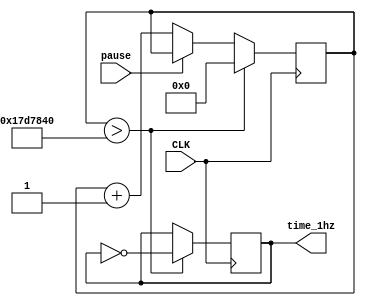
module func_1hz(	//1hz
	input CLK,
	input pause,
	output reg time_1hz);
	reg [24:0] count;
	always @(posedge CLK) begin
		if(count > 25000000) begin
			count <= 25'b0;
			time_1hz <= ~time_1hz;
		end
		else if(~pause)
			count <= count + 1'b1;
	end
endmodule

module func_4hz(	//4hz
	input CLK,
	input pause,
	output reg time_4hz);
	reg [24:0] count;
	always @(posedge CLK) begin
		if(count > 6250000) begin
			count <= 25'b0;
			time_4hz <= ~time_4hz;
		end
		else if(~pause)
			count <= count + 1'b1;
	end
endmodule

module func_1000hz(	//1000hz
	input CLK,
	output reg time_1000hz);
	reg [24:0] count;
	always @(posedge CLK) begin
		if(count > 50000) begin
			count <= 25'b0;
			time_1000hz <= ~time_1000hz;
		end
		else
			count <= count + 1'b1;
	end
endmodule

module the_game(
	input CLK,
	input stage_plus,	//
	input shoot,	//
	input pause,	//
	input plate_move_r,plate_move_l,	//
	output [7:0] LightR,	//RGB
	output [7:0] LightG,
	output [7:0] LightB,
	output reg [2:0] chooseCol,	//
	output enable	//enable1
	);
	integer stage;	//
	integer ball_x,ball_y,plate_xl,move_mode,shoot_confirm,lose,tmp_x;	//
	integer i;	//
	reg [7:0] LightR_reg [7:0];
	reg [7:0] LightG_reg [7:0];
	reg [7:0] LightB_reg [7:0];	//
	reg	[7:0] brickandball_pos [7:0];	//+	

	assign enable = 1;	//enable
	assign LightR = LightR_reg[chooseCol];	//	
	assign LightG = LightG_reg[chooseCol];
	assign LightB = LightB_reg[chooseCol];

	func_1000hz f0(CLK,time_1000hz);	//function
	func_1hz f1(CLK,pause,time_1hz);
	func_4hz f2(CLK,pause,time_4hz);	

	initial
	begin
		stage = 0;
		chooseCol = 0;
		ball_x = 4;
		ball_y = 1;
		plate_xl = 3;
		move_mode = 0;
		shoot_confirm = 0;
		lose = 0;
	end

	always @(posedge time_1hz) begin 	//
		LightB_reg[tmp_x][0] = 1 ;		//	
		LightB_reg[tmp_x+1][0] = 1 ;			
		LightB_reg[tmp_x+2][0] = 1 ;
		LightG_reg[ball_x][ball_y] = 1 ;
		if (~pause) begin
			if (shoot_confirm == 0) begin
				if(stage_plus) begin
					stage = stage + 1;
					if (stage > 7) begin
						stage = 0;
					end
				end
				case(stage)
				0:
				begin
					LightR_reg[0] = 8'b11111111;
					LightR_reg[1] = 8'b11001111;
					LightR_reg[2] = 8'b10001111;
					LightR_reg[3] = 8'b10011111;
					LightR_reg[4] = 8'b10011111;
					LightR_reg[5] = 8'b10001111;
					LightR_reg[6] = 8'b11001111;
					LightR_reg[7] = 8'b11111111;

				end

				1:
				begin
					LightR_reg[0] = 8'b00001111;
					LightR_reg[1] = 8'b00001111;
					LightR_reg[2] = 8'b11001111;
					LightR_reg[3] = 8'b01111111;
					LightR_reg[4] = 8'b01111111;
					LightR_reg[5] = 8'b11001111;
					LightR_reg[6] = 8'b00001111;
					LightR_reg[7] = 8'b00001111;
	
				end
	
				2:
				begin
					LightR_reg[0] = 8'b00011111;
					LightR_reg[1] = 8'b00011111;
					LightR_reg[2] = 8'b00011111;
					LightR_reg[3] = 8'b00011111;
					LightR_reg[4] = 8'b00011111;
					LightR_reg[5] = 8'b00011111;
					LightR_reg[6] = 8'b00011111;
					LightR_reg[7] = 8'b00011111;
	
				end	
	
				3:	
				begin
					LightR_reg[0] = 8'b10111111;
					LightR_reg[1] = 8'b00111111;
					LightR_reg[2] = 8'b10001111;
					LightR_reg[3] = 8'b00101111;
					LightR_reg[4] = 8'b10001111;
					LightR_reg[5] = 8'b00101111;
					LightR_reg[6] = 8'b11001111;
					LightR_reg[7] = 8'b11101111;

				end

				4:
				begin
					LightR_reg[0] = 8'b11011111;
					LightR_reg[1] = 8'b00001111;
					LightR_reg[2] = 8'b01101111;
					LightR_reg[3] = 8'b00001111;
					LightR_reg[4] = 8'b10111111;
					LightR_reg[5] = 8'b00001111;
					LightR_reg[6] = 8'b11011111;
					LightR_reg[7] = 8'b00001111;
				end

				5:
				begin
					LightR_reg[0] = 8'b00001111;
					LightR_reg[1] = 8'b00001111;
					LightR_reg[2] = 8'b00001111;
					LightR_reg[3] = 8'b10001111;
					LightR_reg[4] = 8'b11001111;
					LightR_reg[5] = 8'b11101111;
					LightR_reg[6] = 8'b11111111;
					LightR_reg[7] = 8'b11111111;

				end

				6:
				begin
					LightR_reg[0] = 8'b01001111;
					LightR_reg[1] = 8'b00001111;
					LightR_reg[2] = 8'b10011111;
					LightR_reg[3] = 8'b00001111;
					LightR_reg[4] = 8'b00001111;
					LightR_reg[5] = 8'b10011111;
					LightR_reg[6] = 8'b00001111;
					LightR_reg[7] = 8'b00101111;

				end

				7:
				begin
					LightR_reg[0] = 8'b10111111;
					LightR_reg[1] = 8'b00011111;
					LightR_reg[2] = 8'b10001111;
					LightR_reg[3] = 8'b00011111;
					LightR_reg[4] = 8'b00011111;
					LightR_reg[5] = 8'b10001111;
					LightR_reg[6] = 8'b00011111;
					LightR_reg[7] = 8'b10111111;

				end
				endcase	
				for(i=0;i<8;i=i+1) begin
					LightG_reg[i] = LightR_reg[i];
					LightB_reg[i] = LightR_reg[i];
					brickandball_pos[i] = LightR_reg[i];
				end
			end 
		end
		if (~pause) begin 	//
			if(shoot) begin
				if(shoot_confirm == 0) begin
					move_mode = 0;
					shoot_confirm = 1;
				end
			end
		end
		if (~pause) begin 	//
			if (shoot_confirm == 1) begin
				case(move_mode)
				0:	//
				begin
					if (ball_y == 7) begin 	//
						ball_y = ball_y - 1;
						move_mode = 1;	
					end
					else if (LightR_reg[ball_x][ball_y+1] == 0) begin 	//
						LightR_reg[ball_x][ball_y+1] = 1;
						LightG_reg[ball_x][ball_y+1] = 1;
						LightB_reg[ball_x][ball_y+1] = 1;
						ball_y = ball_y - 1;
						move_mode = 1;
					end
					else begin 	//
						ball_y = ball_y + 1;
					end
				end
				1:	//
				begin
					if (ball_y == 1) begin 	//
						if (plate_xl+1 == ball_x) begin 	//
							ball_y = ball_y + 1;
							move_mode = 0;
						end
						else if (plate_xl == ball_x) begin 	//
							ball_x = ball_x - 1;
							ball_y = ball_y + 1;
							move_mode = 2;
						end
						else if (plate_xl+2 == ball_x) begin //
							ball_x = ball_x + 1;
							ball_y = ball_y + 1;
							move_mode = 3;
						end
						else begin 	//
							lose = 1;
						end
					end
					else if (LightR_reg[ball_x][ball_y-1] == 0) begin 	//
						LightR_reg[ball_x][ball_y-1] = 1;
						LightG_reg[ball_x][ball_y-1] = 1;
						LightB_reg[ball_x][ball_y-1] = 1;
						ball_y = ball_y + 1;
						move_mode = 0;
					end
					else begin
						ball_y = ball_y - 1;
					end
				end
				2: 	//
				begin
					if (ball_y == 7) begin 	//
						if (ball_x == 0) begin 	//
								ball_x = ball_x + 1;
								ball_y = ball_y - 1;
								move_mode = 5;
						end
						else begin 	//
							if (LightR_reg[ball_x-1][ball_y] == 0) begin 	//
								LightR_reg[ball_x-1][ball_y] = 1;
								LightG_reg[ball_x-1][ball_y] = 1;
								LightB_reg[ball_x-1][ball_y] = 1;
								ball_x = ball_x + 1;
								ball_y = ball_y - 1;
								move_mode = 5;
							end
							else begin 	//
								if (LightR_reg[ball_x-1][ball_y-1] == 0) begin 	//
									LightR_reg[ball_x-1][ball_y-1] = 1;
									LightG_reg[ball_x-1][ball_y-1] = 1;
									LightB_reg[ball_x-1][ball_y-1] = 1;
									ball_x = ball_x + 1;
									ball_y = ball_y - 1;
									move_mode = 5;
								end
								else begin //
									ball_x = ball_x - 1;	
									ball_y = ball_y - 1;
									move_mode = 4;	
								end
							end
						end
					end
					else if (LightR_reg[ball_x][ball_y+1] == 0) begin 	// 
						LightR_reg[ball_x][ball_y+1] = 1;
						LightG_reg[ball_x][ball_y+1] = 1;
						LightB_reg[ball_x][ball_y+1] = 1;
						if (LightR_reg[ball_x-1][ball_y] == 0) begin 	//
							LightR_reg[ball_x-1][ball_y] = 1;
							LightG_reg[ball_x-1][ball_y] = 1;
							LightB_reg[ball_x-1][ball_y] = 1;
							ball_x = ball_x + 1;
							ball_y = ball_y - 1;
							move_mode = 5;
						end
						else begin 	//
							if (LightR_reg[ball_x-1][ball_y-1] == 0) begin 	//
								LightR_reg[ball_x-1][ball_y-1] = 1;
								LightG_reg[ball_x-1][ball_y-1] = 1;
								LightB_reg[ball_x-1][ball_y-1] = 1;
								ball_x = ball_x + 1;
								ball_y = ball_y - 1;
								move_mode = 5;
							end
							else begin //
								ball_x = ball_x - 1;
								ball_y = ball_y - 1;
								move_mode = 4;
							end
						end
					end
					else begin 	//
						if (LightR_reg[ball_x-1][ball_y] == 0) begin //
							LightR_reg[ball_x-1][ball_y] = 1;
							LightG_reg[ball_x-1][ball_y] = 1;
							LightB_reg[ball_x-1][ball_y] = 1;
	
							if (LightR_reg[ball_x+1][ball_y+1] == 0) begin //
								LightR_reg[ball_x+1][ball_y+1] = 1;
								LightG_reg[ball_x+1][ball_y+1] = 1;
								LightB_reg[ball_x+1][ball_y+1] = 1;
								ball_x = ball_x + 1;
								ball_y = ball_y - 1;
								move_mode = 5;
							end
							else begin 	//
								ball_x = ball_x + 1;
								ball_y = ball_y + 1;
								move_mode = 3;
							end
						end
						else begin//
							if (LightR_reg[ball_x-1][ball_y+1] == 0) begin 	//
								LightR_reg[ball_x-1][ball_y+1] = 1;
								LightG_reg[ball_x-1][ball_y+1] = 1;
								LightB_reg[ball_x-1][ball_y+1] = 1;
								ball_x = ball_x + 1;
								ball_y = ball_y - 1;
								move_mode = 5;
							end	
							else begin 	//
								ball_x = ball_x - 1;
								ball_y = ball_y + 1;
							end
						end	
					end
				end
				3:  //
				begin
					if (ball_y == 7) begin 	//
						if (ball_x == 7) begin 	//
								ball_x = ball_x - 1;
								ball_y = ball_y - 1;
								move_mode = 4;
						end
						else begin 	//
							if (LightR_reg[ball_x+1][ball_y] == 0) begin 	//
								LightR_reg[ball_x+1][ball_y] = 1;
								LightG_reg[ball_x+1][ball_y] = 1;
								LightB_reg[ball_x+1][ball_y] = 1;
								ball_x = ball_x - 1;
								ball_y = ball_y - 1;
								move_mode = 4;
							end
							else begin 	//
								if (LightR_reg[ball_x+1][ball_y-1] == 0) begin 	//
									LightR_reg[ball_x+1][ball_y-1] = 1;
									LightG_reg[ball_x+1][ball_y-1] = 1;
									LightB_reg[ball_x+1][ball_y-1] = 1;
									ball_x = ball_x - 1;
									ball_y = ball_y - 1;
									move_mode = 4;
								end
								else begin //
									ball_x = ball_x + 1;	
									ball_y = ball_y - 1;
									move_mode = 5;	
								end
							end
						end
					end
					else if (LightR_reg[ball_x][ball_y+1] == 0) begin 	// 
						LightR_reg[ball_x][ball_y+1] = 1;
						LightG_reg[ball_x][ball_y+1] = 1;
						LightB_reg[ball_x][ball_y+1] = 1;
						if (LightR_reg[ball_x+1][ball_y] == 0) begin 	//
							LightR_reg[ball_x+1][ball_y] = 1;
							LightG_reg[ball_x+1][ball_y] = 1;
							LightB_reg[ball_x+1][ball_y] = 1;
							ball_x = ball_x - 1;
							ball_y = ball_y - 1;
							move_mode = 4;
						end
						else begin 	//
							if (LightR_reg[ball_x+1][ball_y-1] == 0) begin 	//
								LightR_reg[ball_x+1][ball_y-1] = 1;
								LightG_reg[ball_x+1][ball_y-1] = 1;
								LightB_reg[ball_x+1][ball_y-1] = 1;
								ball_x = ball_x - 1;
								ball_y = ball_y - 1;
								move_mode = 4;
							end
							else begin //
								ball_x = ball_x + 1;
								ball_y = ball_y - 1;
								move_mode = 5;
							end
						end
					end
					else begin 	//
						if (LightR_reg[ball_x+1][ball_y] == 0) begin //
							LightR_reg[ball_x+1][ball_y] = 1;
							LightG_reg[ball_x+1][ball_y] = 1;
							LightB_reg[ball_x+1][ball_y] = 1;
	
							if (LightR_reg[ball_x-1][ball_y+1] == 0) begin //
								LightR_reg[ball_x-1][ball_y+1] = 1;
								LightG_reg[ball_x-1][ball_y+1] = 1;
								LightB_reg[ball_x-1][ball_y+1] = 1;
								ball_x = ball_x - 1;
								ball_y = ball_y - 1;
								move_mode = 4;
							end
							else begin 	//
								ball_x = ball_x - 1;
								ball_y = ball_y + 1;
								move_mode = 2;
							end
						end
						else begin//
							if (LightR_reg[ball_x+1][ball_y+1] == 0) begin 	//
								LightR_reg[ball_x+1][ball_y+1] = 1;
								LightG_reg[ball_x+1][ball_y+1] = 1;
								LightB_reg[ball_x+1][ball_y+1] = 1;
								ball_x = ball_x - 1;
								ball_y = ball_y - 1;
								move_mode = 4;
							end	
							else begin 	//
								ball_x = ball_x + 1;
								ball_y = ball_y + 1;
							end
						end	
					end
				end
				4:  //
				begin
					if (ball_x == 0)
					begin
						ball_x = ball_x +1;
						ball_y = ball_y -1;
						move_mode = 4;
					end
					else
					begin
						ball_x = ball_x -1;
						ball_y = ball_y -1;	
					end
					if (ball_y == 1) begin 	//
						if (plate_xl+1 == ball_x) begin 	//
							ball_y = ball_y + 1;
							move_mode = 0;
						end
						else if (plate_xl == ball_x) begin 	//
							ball_x = ball_x - 1;
							ball_y = ball_y + 1;
							move_mode = 2;
						end
						else if (plate_xl+2 == ball_x) begin //
							ball_x = ball_x + 1;
							ball_y = ball_y + 1;
							move_mode = 3;
						end
						else begin 	//
							lose = 1;
						end
					end
				end
				5: 	//
				begin
					if (ball_x == 7)
					begin
						ball_x = ball_x +1;
						ball_y = ball_y -1;
						move_mode = 4;
					end
					else
					begin
						ball_x = ball_x -1;
						ball_y = ball_y -1;	
					end
					if (ball_y == 1) begin 	//
						if (plate_xl+1 == ball_x) begin 	//
							ball_y = ball_y + 1;
							move_mode = 0;
						end
						else if (plate_xl == ball_x) begin 	//
							ball_x = ball_x - 1;
							ball_y = ball_y + 1;
							move_mode = 2;
						end
						else if (plate_xl+2 == ball_x) begin //
							ball_x = ball_x + 1;
							ball_y = ball_y + 1;
							move_mode = 3;
						end
						else begin 	//
							lose = 1;
						end
					end
				end
				endcase
			end
		end
		tmp_x = plate_xl;
		LightB_reg[plate_xl][0] = 0 ;			
		LightB_reg[plate_xl+1][0] = 0 ;			
		LightB_reg[plate_xl+2][0] = 0 ;
		LightG_reg[ball_x][ball_y] = 0 ;
	end

	always @(posedge time_4hz) begin //
		if (plate_move_l) begin
			if(plate_xl > 0) begin
				plate_xl = plate_xl - 1;
			end
		end
		else if (plate_move_r) begin
			if(plate_xl < 5) begin
				plate_xl = plate_xl + 1;
			end
		end
	end

	always @(posedge time_1000hz) begin //
		chooseCol = chooseCol + 1;
		if(chooseCol > 7) begin
			chooseCol = 0;
		end

	end
endmodule